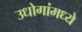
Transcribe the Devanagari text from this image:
उधोगांमध्ये